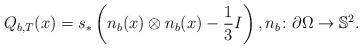
LaTeX: \begin{align*}Q_{b,T}(x)=s_*\left(n_b(x)\otimes n_b(x)-\frac 13 I\right), n_b\colon \partial\Omega\to\mathbb S^2.\end{align*}